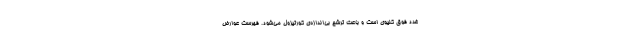
غدد فوق کلیوی است و باعث ترشح بی‌اندازه‌ی کورتیزول می‌شود. فهرست عوارض